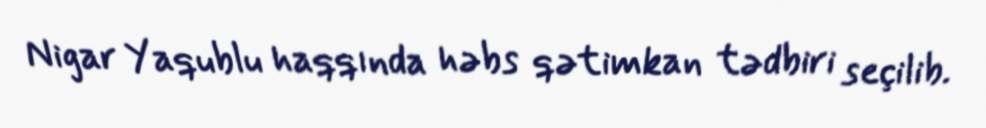
Nigar Yaqublu haqqında həbs qətimkan tədbiri seçilib.